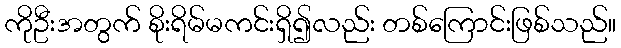
ကိုဦးအတွက် စိုးရိမ်မကင်းရှိ၍လည်း တစ်ကြောင်းဖြစ်သည်။